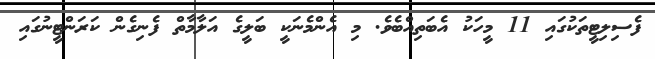
ފެސިލިޓީތަކުގައި 11 މީހަކު އެބަތިއްބެވެ. މި އެންމެނަކީ ބަލީގެ އަލާމާތް ފެނިގެން ކަރަންޓީނުގައި